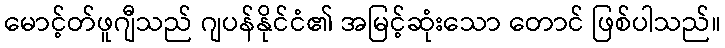
မောင့်တ်ဖူဂျီသည် ဂျပန်နိုင်ငံ၏ အမြင့်ဆုံးသော တောင် ဖြစ်ပါသည်။